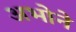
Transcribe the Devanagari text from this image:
अभोने